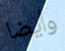
وأيضا